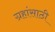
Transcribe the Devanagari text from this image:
ग्रहांसाठी